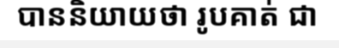
បាននិយាយថា រូបគាត់ ជា